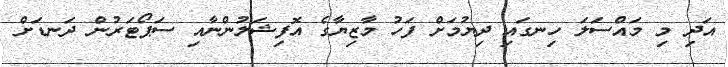
އަދި މި މައްސަލަ ހިނގައި ދިޔުމަށް ފަހު މާޒިޔާގެ އޮފިޝަލުންނާއި ސަޕޯޓަރުން ދަނޑަށް